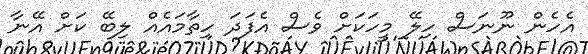
އެހެން ނޫނަސް ހިލޭ މީހަކަށް ވެސް އެފަދަ ހިތާމައެއް ލިބޭ ކަށް އޭނާ